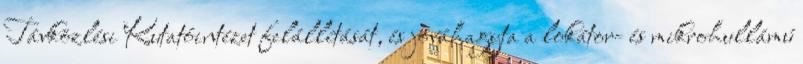
Távközlési Kutatóintézet felállítását, és jóváhagyta a lokátor- és mikrohullámú